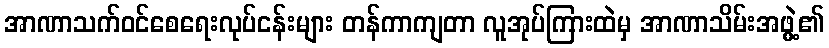
အာဏာသက်ဝင်စေရေးလုပ်ငန်းများ တန်ကာကျတာ လူအုပ်ကြားထဲမှ အာဏာသိမ်းအဖွဲ့၏